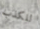
للكذب